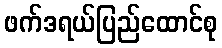
ဖက်ဒရယ်ပြည်ထောင်စု